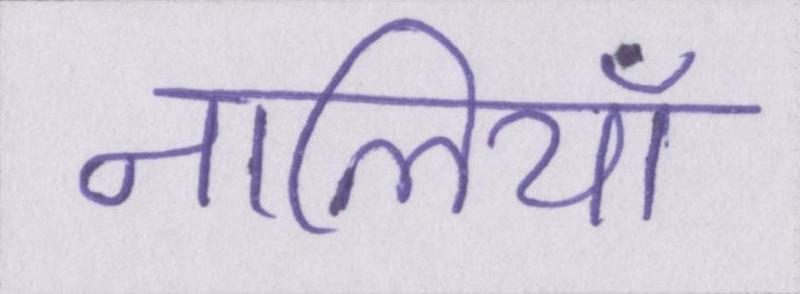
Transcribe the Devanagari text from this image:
नालियाँ